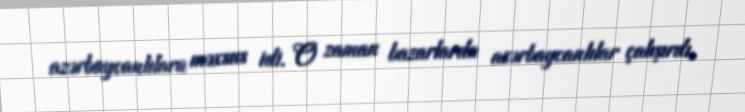
azərbaycanlılara məxsus idi. O zaman bazarlarda azərbaycanlılar çalışırdı.